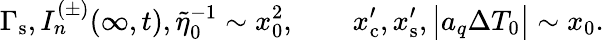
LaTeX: \Gamma_{\mathrm{s}},I_{n}^{(\pm)}(\infty,t),\tilde{\eta}_{0}^{-1}\sim x_{0}^{2},\qquad x_{\mathrm{c}}^{\prime},x_{\mathrm{s}}^{\prime},\big|a_{q}\Delta T_{0}\big|\sim x_{0}.